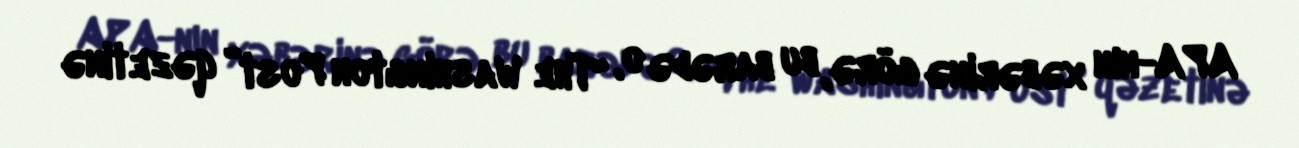
APA-nın xəbərinə görə, bu barədə o, “The Washington Post” qəzetinə